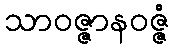
သာဝဇ္ဇာနဝဇ္ဇံ